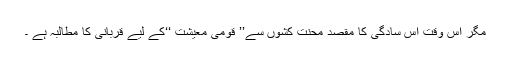
مگر اس وقت اس سادگی کا مقصد محنت کشوں سے’’ قومی معیشت ‘‘کے لیے قربانی کا مطالبہ ہے ۔